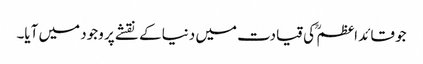
جو قائد اعظم ؒ کی قیادت میں دنیا کے نقشے پر وجود میں آیا۔